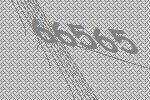
66565